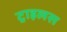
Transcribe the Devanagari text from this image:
ट्राइलस